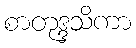
စာတုဒ္ဒသိကာ